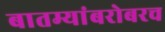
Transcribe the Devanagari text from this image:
बातम्यांबरोबरच